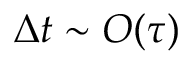
\Delta t \sim O ( \tau )